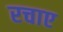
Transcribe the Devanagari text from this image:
रचाए